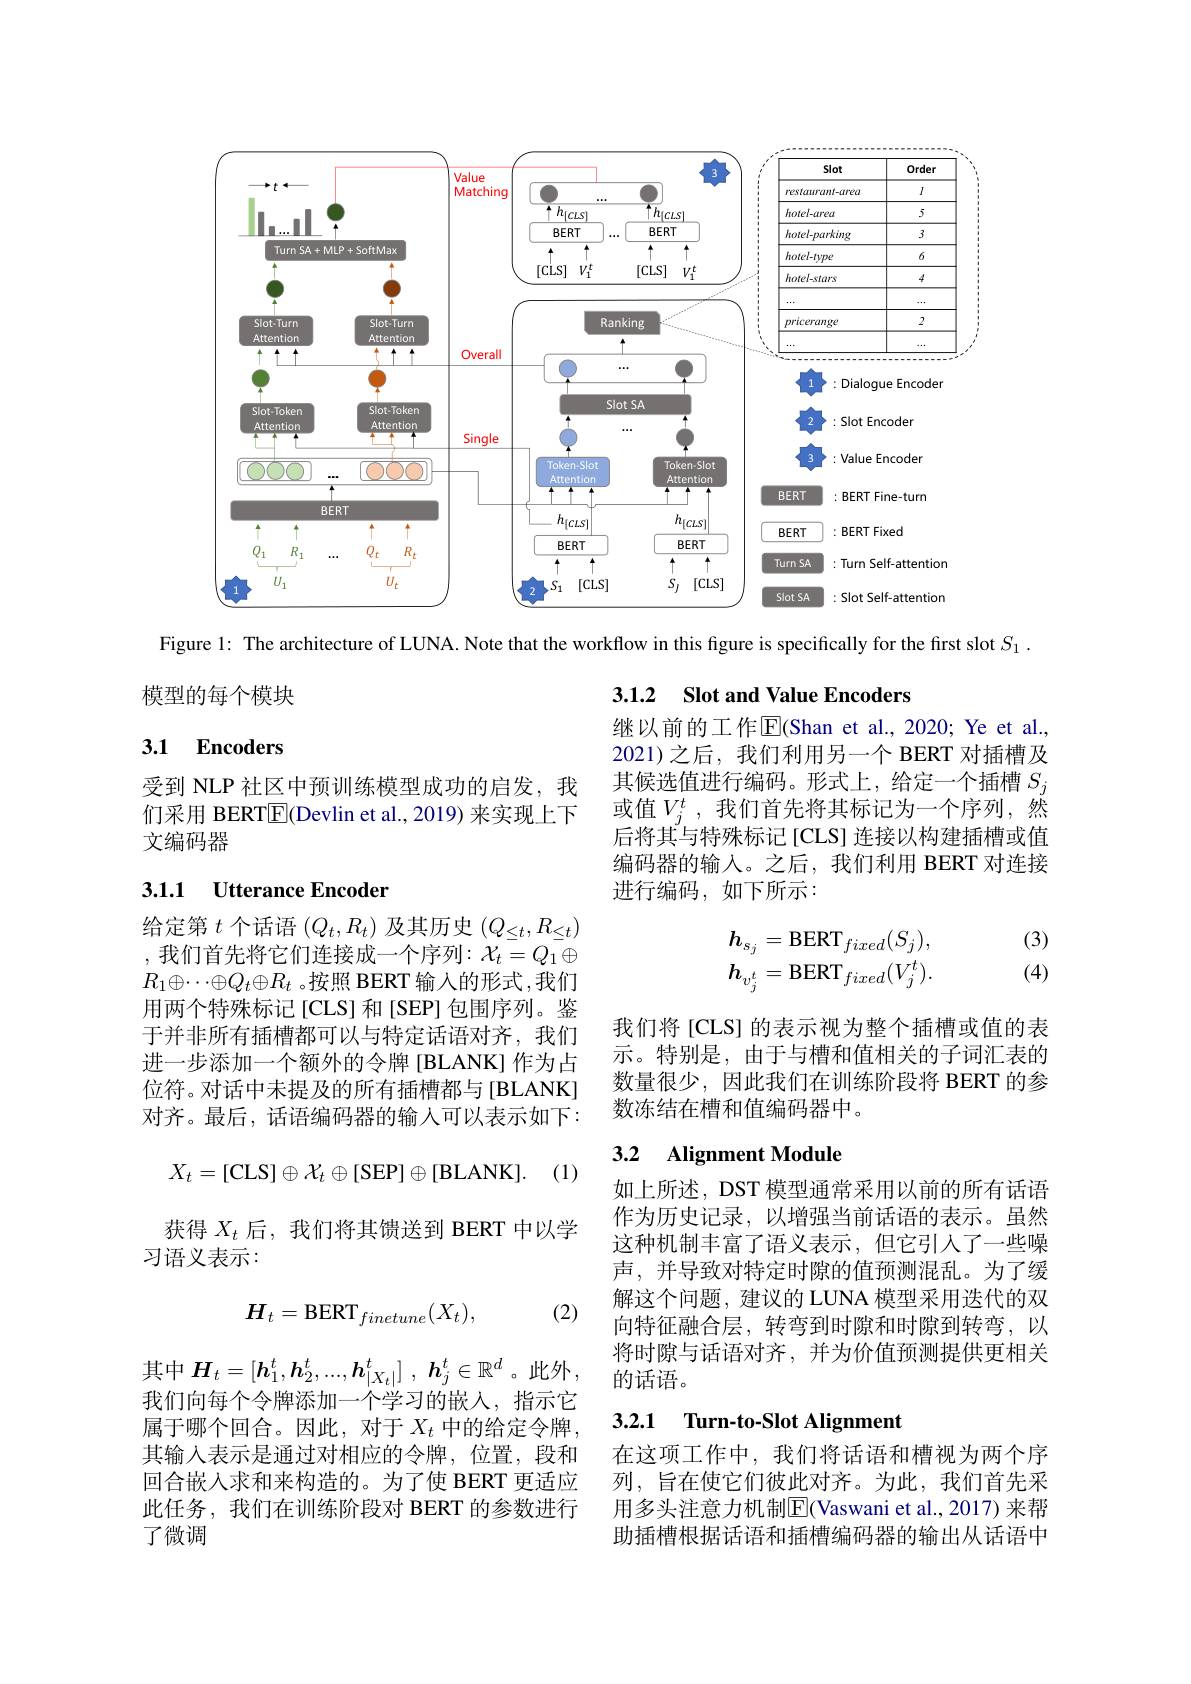
<FigureHere>

Figure 1: The architecture of LUNA. Note that the workflow in this figure is specifically for the first slot $S_{1}.$

模型的每个模块

### 3.1.2 $\textbf{Slot and Value Encoders}$

### 3.1 Encoders

继以前的工作$\overline{\mathrm{E}}($Shan et al.,2020; Ye et al., 2021)之后，我们利用另一个 BERT 对插槽及其候选值进行编码。形式上，给定一个插槽$S_j$ 或值$V_j^t$,我们首先将其标记为一个序列，然后将其与特殊标记[CLS] 连接以构建插槽或值编码器的输入。之后，我们利用 BERT 对连接进行编码，如下所示：

受到 NLP 社区中预训练模型成功的启发，我们采用 BERT$\overline{\mathbb{E}}$(Devlin et al., 2019) 来实现上下文编码器

## 3.1.1 $\textbf{Utterance Encoder}$

(3) (4)
$$h_{s_{j}}=\mathrm{BERT}_{fixed}(S_{j}),\\h_{v_{j}^{t}}=\mathrm{BERT}_{fixed}(V_{j}^{t}).$$
给定第$t$个话语$(Q_t,R_t)$及其历史$(Q_\leq t,R_\leq t)$ ,我们首先将它们连接成一个序列$:\mathcal{X}_t=Q_1\oplus$ $R_1\oplus\cdots\oplus Q_t\oplus R_t$ 。按照 BERT 输入的形式 ,我们用两个特殊标记[CLS]和[SEP]包围序列。鉴于并非所有插槽都可以与特定话语对齐，我们进一步添加一个额外的令牌[BLANK] 作为占位符。对话中未提及的所有插槽都与[BLANK] 对齐。最后，话语编码器的输入可以表示如下：

我们将[CLS] 的表示视为整个插槽或值的表示。特别是，由于与槽和值相关的子词汇表的数量很少，因此我们在训练阶段将 BERT 的参数冻结在槽和值编码器中。

## 3.2 Alignment Module

(1)
$$X_t=[\text{CLS}]\oplus\mathcal{X}_t\oplus[\text{SEP}]\oplus[\text{BLANK}].$$
获得$X_t$后，我们将其馈送到 BERT 中以学
习语义表示：

如上所述，DST 模型通常采用以前的所有话语作为历史记录，以增强当前话语的表示。虽然这种机制丰富了语义表示，但它引人了一些噪声，并导致对特定时隙的值预测混乱。为了缓解这个问题，建议的 LUNA 模型采用迭代的双向特征融合层，转弯到时隙和时隙到转弯，以将时隙与话语对齐，并为价值预测提供更相关的话语。

(2)
$$H_t=\mathrm{BERT}_{finetune}(X_t),$$
### 3.2.1 Turn-to-Slot Alignment
$$H_{t}=[h_{1}^{t},h_{2}^{t},...,h_{|X_{t}|}^{t}]\:,\:h_{j}^{t}\in\mathbb{R}^{d}$$
我们向每个令牌添加一个学习的嵌入，指示它属于哪个回合。因此，对于$X_t$中的给定令牌， 其输入表示是通过对相应的令牌，位置，段和回合嵌入求和来构造的。为了使 BERT 更适应此任务，我们在训练阶段对 BERT 的参数进行了微调

在这项工作中，我们将话语和槽视为两个序列，旨在使它们彼此对齐。为此，我们首先采用多头注意力机制$\overline{\mathrm{E}}($Vaswani et al.,2017)来帮助插槽根据话语和插槽编码器的输出从话语中